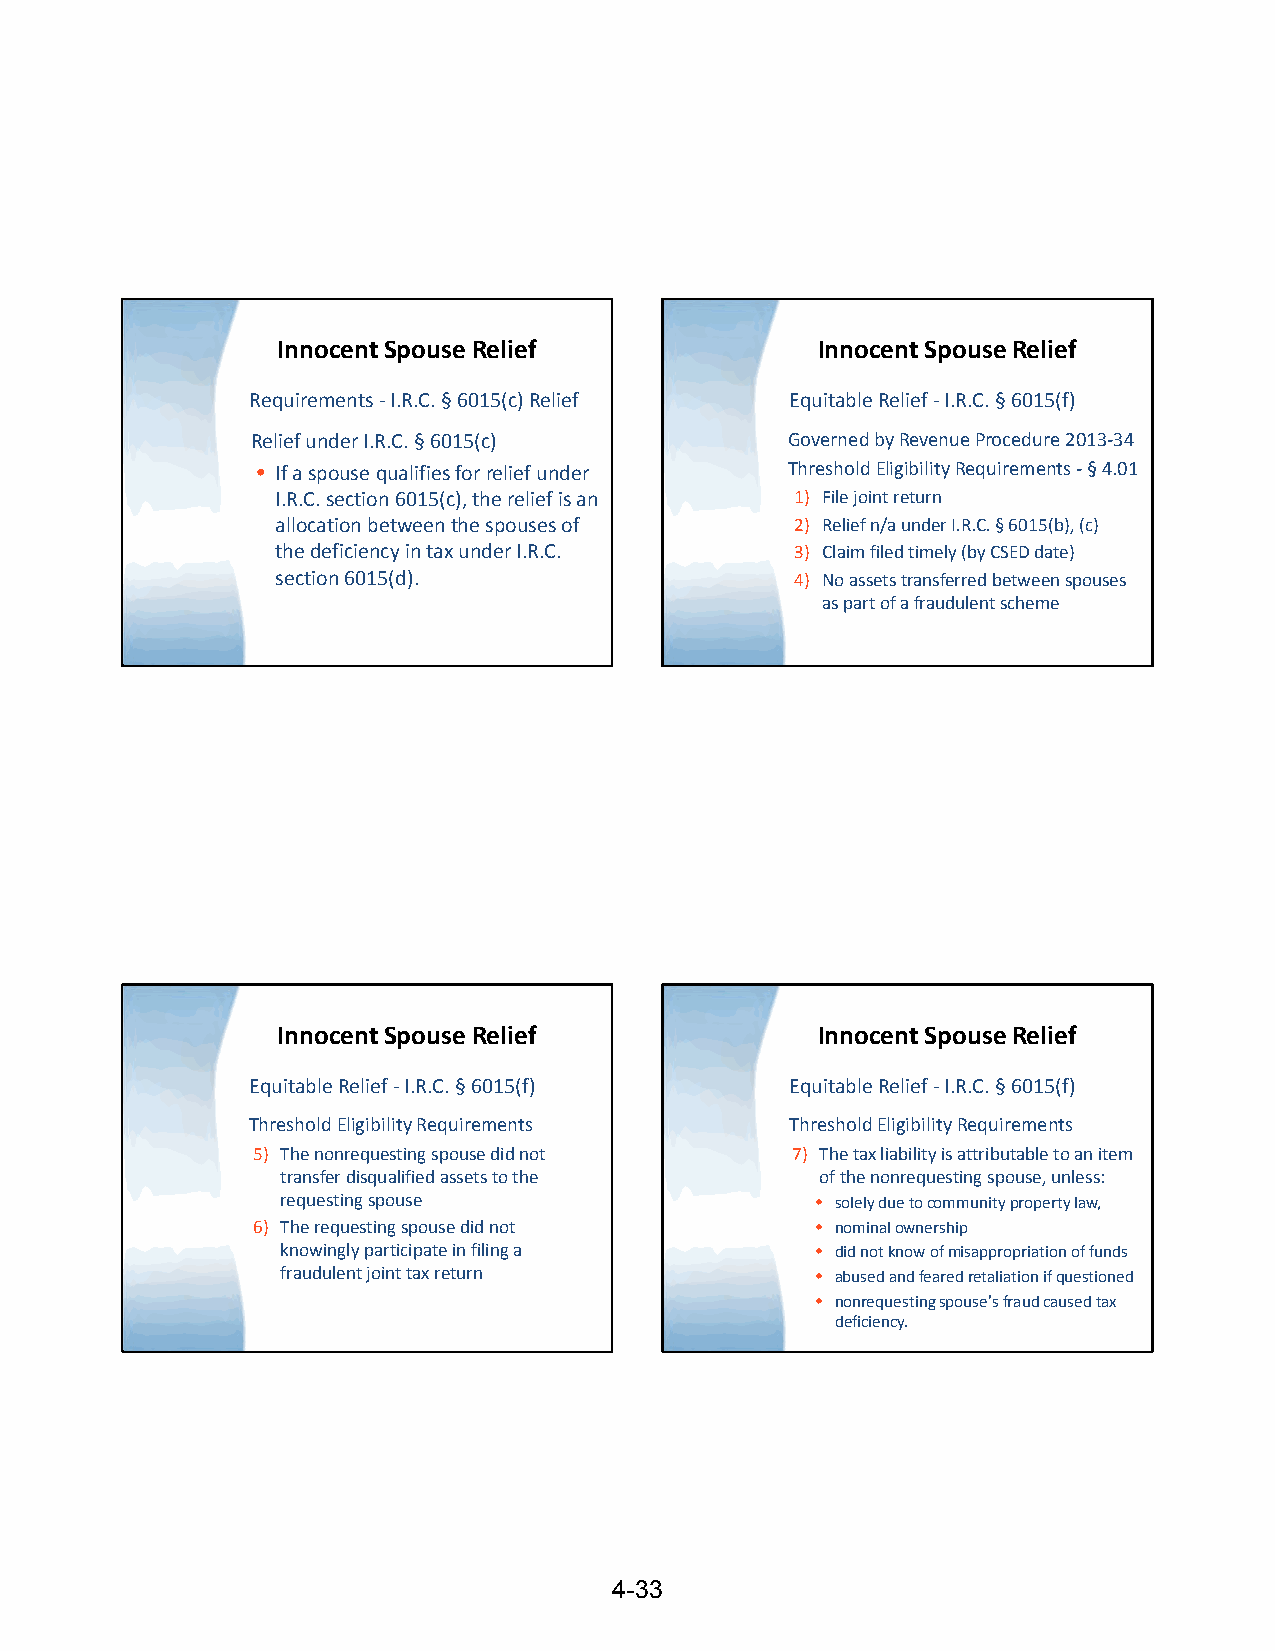
Innocent Spouse Relief              Innocent Spouse Relief
 Requirements ‐I.R.C. §6015(c) Relief Equitable Relief ‐I.R.C. §6015(f)
 Relief under I.R.C. §6015(c)       Governed by Revenue Procedure 2013‐34
 • If a spouse qualifies for relief under Threshold Eligibility Requirements ‐§4.01
 I.R.C. section 6015(c), the relief is an 1) File joint return
 allocation between the spouses of  2) Relief n/a under I.R.C. §6015(b), (c)
 the deficiency in tax under I.R.C. 3) Claim filed timely (by CSED date)
 section 6015(d).                   4) No assets transferred between spouses
 as part of a fraudulent scheme
 Innocent Spouse Relief              Innocent Spouse Relief
 Equitable Relief ‐I.R.C. §6015(f)  Equitable Relief ‐I.R.C. §6015(f)
 Threshold Eligibility Requirements Threshold Eligibility Requirements
 5) The nonrequesting spouse did not 7) The tax liability is attributable to an item
 transfer disqualified assets to the of the nonrequesting spouse, unless:
 requesting spouse                  • solely due to community property law,
 6) The requesting spouse did not     • nominal ownership
 knowingly participate in filing a  • did not know of misappropriation of funds
 fraudulent joint tax return        • abused and feared retaliation if questioned
 • nonrequesting spouse's fraud caused tax
 deficiency.
 4-33